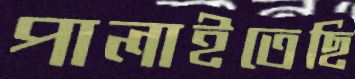
পালাইতেছি